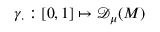
\gamma _ { \cdot } : [ 0 , 1 ] \mapsto { \mathscr { D } _ { \mu } ( M ) }